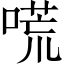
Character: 𠻄